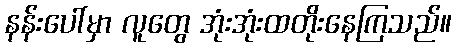
နန်းပေါ်မှာ လူတွေ အုံးအုံးထတိုးနေကြသည်။